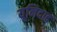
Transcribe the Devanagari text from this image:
यूनिदाद